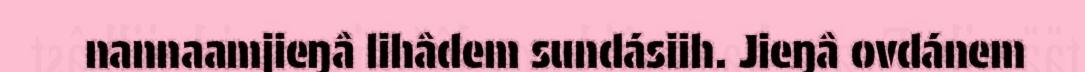
nannaamjieŋâ lihâdem sundásiih. Jieŋâ ovdánem